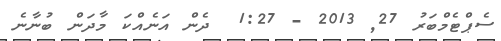
ސެޕްޓެމްބަރު 27